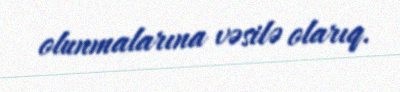
olunmalarına vəsilə olarıq.